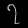
Digit: ၇